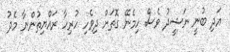
އަދި ބުނީ ނަޝީދު ވެސް ހިމެނޭ ގޮތަށް ދިވެހި ހުރިހާ ރައްޔިތުންނާ މެދު